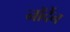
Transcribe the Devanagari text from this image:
नॉर्देन